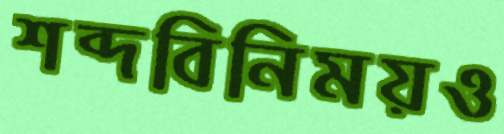
শব্দবিনিময়ও